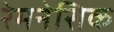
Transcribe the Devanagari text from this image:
रेमनेसिक